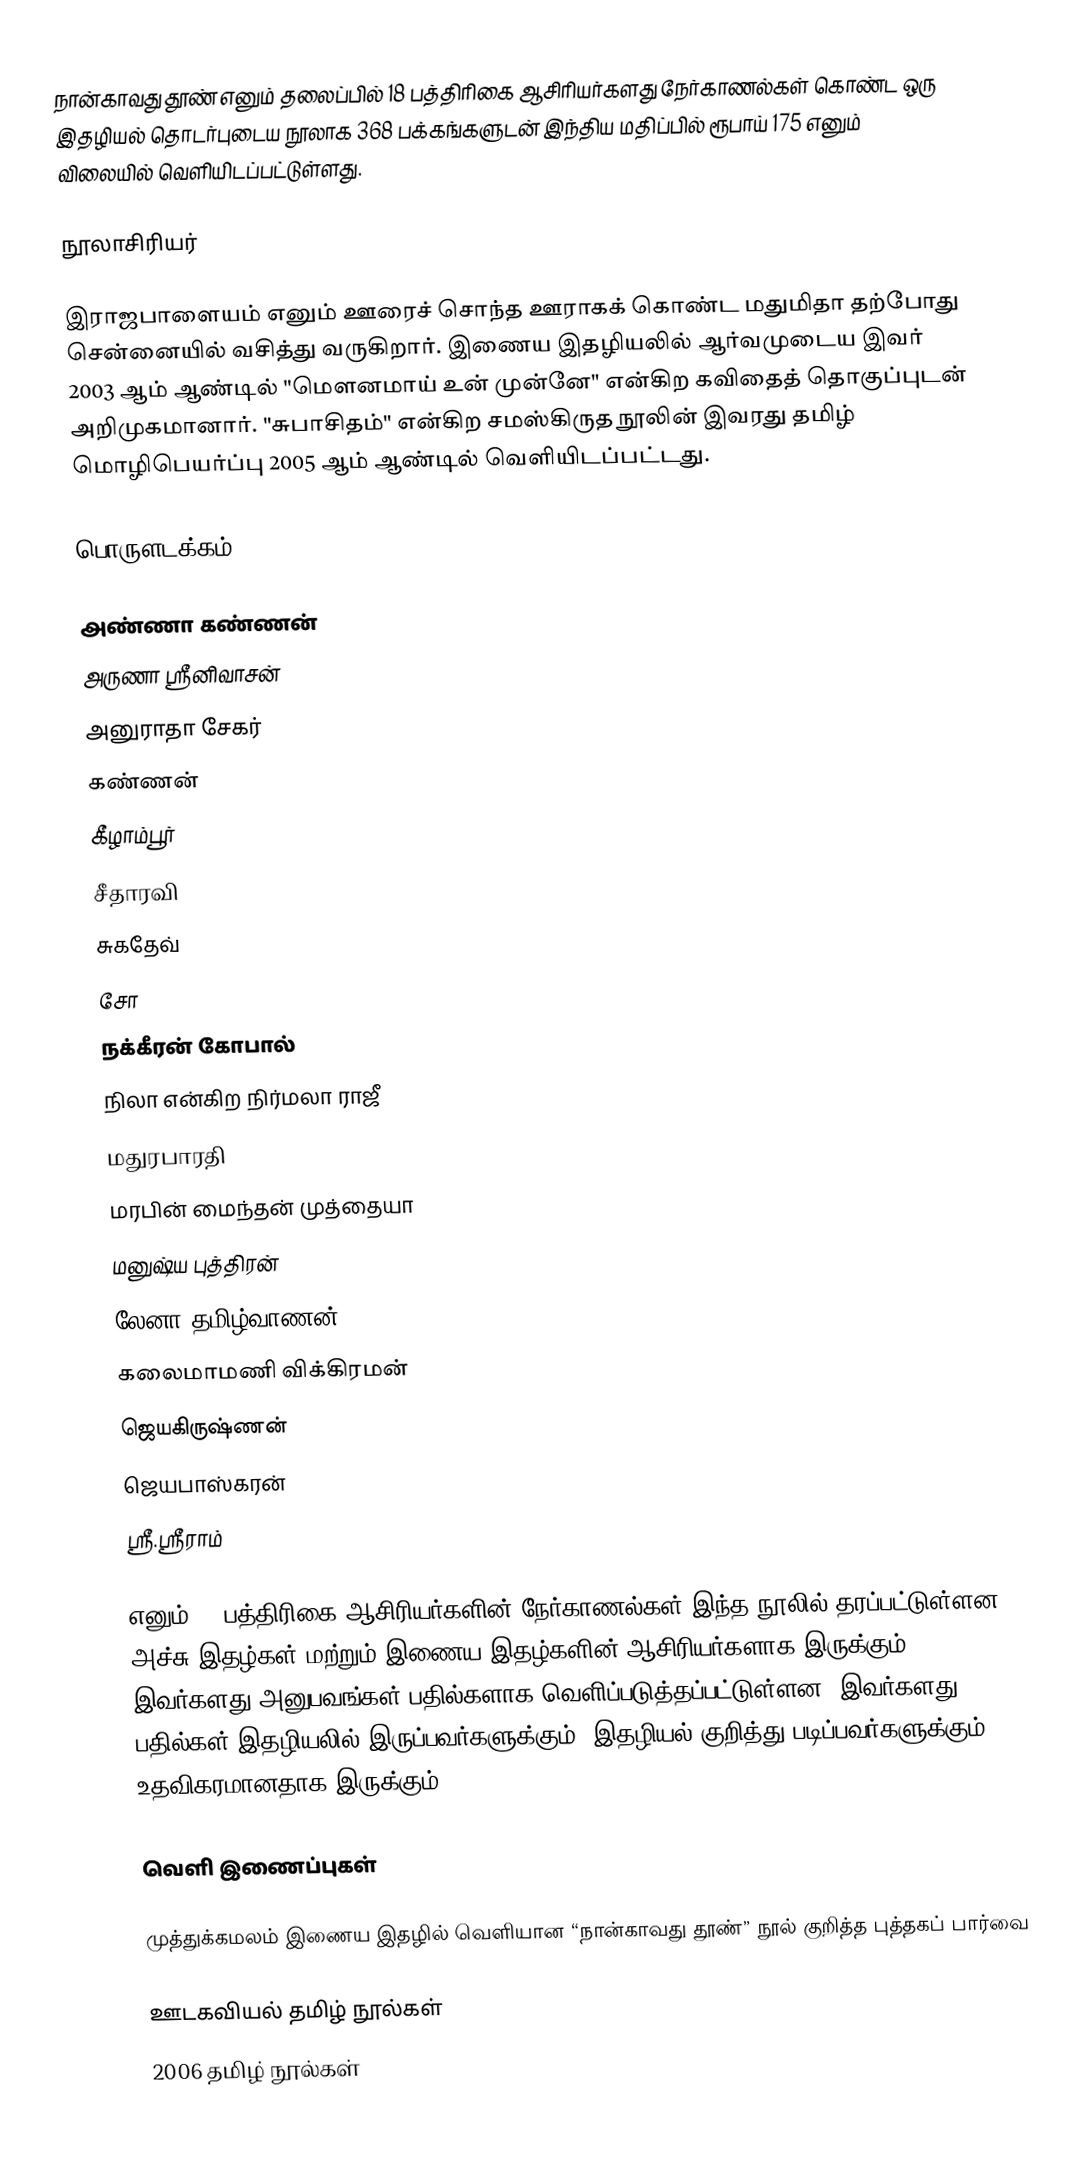
நான்காவது தூண் எனும் தலைப்பில் 18 பத்திரிகை ஆசிரியர்களது நேர்காணல்கள் கொண்ட ஒரு இதழியல் தொடர்புடைய நூலாக 368 பக்கங்களுடன் இந்திய மதிப்பில் ரூபாய் 175 எனும் விலையில் வெளியிடப்பட்டுள்ளது.

நூலாசிரியர்

இராஜபாளையம் எனும் ஊரைச் சொந்த ஊராகக் கொண்ட மதுமிதா தற்போது சென்னையில் வசித்து வருகிறார். இணைய இதழியலில் ஆர்வமுடைய இவர் 2003 ஆம் ஆண்டில் "மௌனமாய் உன் முன்னே" என்கிற கவிதைத் தொகுப்புடன் அறிமுகமானார். "சுபாசிதம்" என்கிற சமஸ்கிருத நூலின் இவரது தமிழ் மொழிபெயர்ப்பு 2005 ஆம் ஆண்டில் வெளியிடப்பட்டது.

பொருளடக்கம்

அண்ணா கண்ணன்
அருணா ஸ்ரீனிவாசன்
அனுராதா சேகர்
கண்ணன்
கீழாம்பூர்
சீதாரவி
சுகதேவ்
சோ
நக்கீரன் கோபால்
நிலா என்கிற நிர்மலா ராஜீ
மதுரபாரதி
மரபின் மைந்தன் முத்தையா
மனுஷ்ய புத்திரன்
லேனா தமிழ்வாணன்
கலைமாமணி விக்கிரமன்
ஜெயகிருஷ்ணன்
ஜெயபாஸ்கரன்
ஸ்ரீ.ஸ்ரீராம்

எனும் 18 பத்திரிகை ஆசிரியர்களின் நேர்காணல்கள் இந்த நூலில் தரப்பட்டுள்ளன. அச்சு இதழ்கள் மற்றும் இணைய இதழ்களின் ஆசிரியர்களாக இருக்கும் இவர்களது அனுபவங்கள் பதில்களாக வெளிப்படுத்தப்பட்டுள்ளன. இவர்களது பதில்கள் இதழியலில் இருப்பவர்களுக்கும், இதழியல் குறித்து படிப்பவர்களுக்கும் உதவிகரமானதாக இருக்கும்.

வெளி இணைப்புகள்

  முத்துக்கமலம் இணைய இதழில் வெளியான “நான்காவது தூண்” நூல் குறித்த புத்தகப் பார்வை

ஊடகவியல் தமிழ் நூல்கள்
2006 தமிழ் நூல்கள்